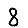
Digit: 8